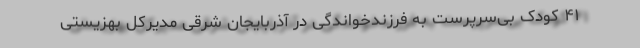
۴۱ کودک بی‌سرپرست به فرزندخواندگی در آذربایجان شرقی مدیرکل بهزیستی